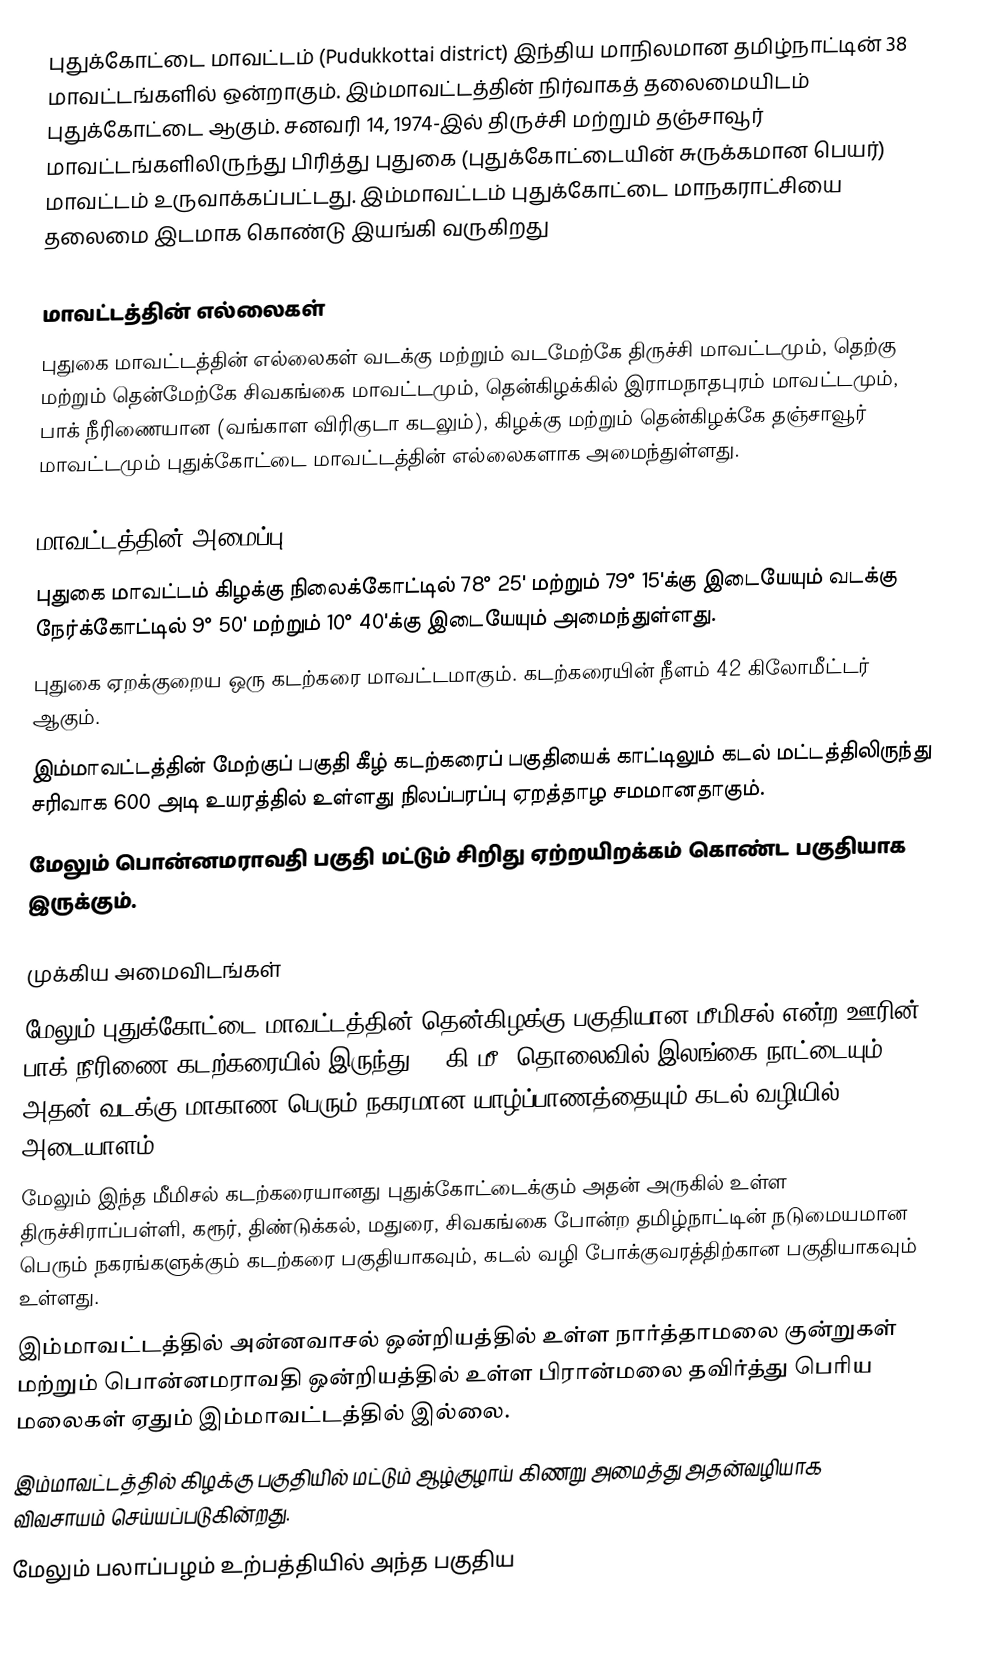
புதுக்கோட்டை மாவட்டம் (Pudukkottai district) இந்திய மாநிலமான தமிழ்நாட்டின் 38 மாவட்டங்களில் ஒன்றாகும். இம்மாவட்டத்தின் நிர்வாகத் தலைமையிடம் புதுக்கோட்டை ஆகும். சனவரி 14, 1974-இல் திருச்சி மற்றும் தஞ்சாவூர் மாவட்டங்களிலிருந்து பிரித்து புதுகை (புதுக்கோட்டையின் சுருக்கமான பெயர்) மாவட்டம் உருவாக்கப்பட்டது. இம்மாவட்டம் புதுக்கோட்டை மாநகராட்சியை தலைமை இடமாக கொண்டு இயங்கி வருகிறது

மாவட்டத்தின் எல்லைகள்
புதுகை மாவட்டத்தின் எல்லைகள் வடக்கு மற்றும் வடமேற்கே திருச்சி மாவட்டமும், தெற்கு மற்றும் தென்மேற்கே சிவகங்கை மாவட்டமும், தென்கிழக்கில் இராமநாதபுரம் மாவட்டமும், பாக் நீரிணையான (வங்காள விரிகுடா கடலும்), கிழக்கு மற்றும் தென்கிழக்கே தஞ்சாவூர் மாவட்டமும் புதுக்கோட்டை மாவட்டத்தின் எல்லைகளாக அமைந்துள்ளது.

மாவட்டத்தின் அமைப்பு
 புதுகை மாவட்டம் கிழக்கு நிலைக்கோட்டில் 78° 25' மற்றும் 79° 15'க்கு இடையேயும் வடக்கு நேர்க்கோட்டில் 9° 50' மற்றும் 10° 40'க்கு இடையேயும் அமைந்துள்ளது.
 புதுகை ஏறக்குறைய ஒரு கடற்கரை மாவட்டமாகும். கடற்கரையின் நீளம் 42 கிலோமீட்டர் ஆகும்.
 இம்மாவட்டத்தின் மேற்குப் பகுதி கீழ் கடற்கரைப் பகுதியைக் காட்டிலும் கடல் மட்டத்திலிருந்து சரிவாக 600 அடி உயரத்தில் உள்ளது நிலப்பரப்பு ஏறத்தாழ சமமானதாகும்.
 மேலும் பொன்னமராவதி பகுதி மட்டும் சிறிது ஏற்றயிறக்கம் கொண்ட பகுதியாக இருக்கும்.

முக்கிய அமைவிடங்கள்
 மேலும் புதுக்கோட்டை மாவட்டத்தின் தென்கிழக்கு பகுதியான மீமிசல் என்ற ஊரின் பாக் நீரிணை கடற்கரையில் இருந்து 30 கி.மீ. தொலைவில் இலங்கை நாட்டையும் அதன் வடக்கு மாகாண பெரும் நகரமான யாழ்ப்பாணத்தையும் கடல் வழியில் அடையாளம்.
 மேலும் இந்த மீமிசல் கடற்கரையானது புதுக்கோட்டைக்கும் அதன் அருகில் உள்ள  திருச்சிராப்பள்ளி, கரூர், திண்டுக்கல், மதுரை, சிவகங்கை போன்ற தமிழ்நாட்டின் நடுமையமான பெரும் நகரங்களுக்கும் கடற்கரை பகுதியாகவும், கடல் வழி போக்குவரத்திற்கான பகுதியாகவும் உள்ளது.
 இம்மாவட்டத்தில் அன்னவாசல் ஒன்றியத்தில் உள்ள நார்த்தாமலை குன்றுகள் மற்றும் பொன்னமராவதி ஒன்றியத்தில் உள்ள பிரான்மலை தவிர்த்து பெரிய மலைகள் ஏதும் இம்மாவட்டத்தில் இல்லை.
 இம்மாவட்டத்தில் கிழக்கு பகுதியில் மட்டும் ஆழ்குழாய் கிணறு அமைத்து அதன்வழியாக விவசாயம் செய்யப்படுகின்றது.
 மேலும் பலாப்பழம் உற்பத்தியில் அந்த பகுதிய